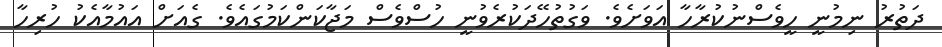
ދަތުރު ނިމުނީ ހީވެސްނުކުރާހާ އަވަށެވެ. ވަގުތުހޭދަކުރެވުނީ ހުސްވެސް މަޖާކަންކަމުގައެވެ. ގެއަށް އައުމާއެކު ހުރިހާ